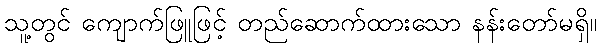
သူ့တွင် ကျောက်ဖြူဖြင့် တည်ဆောက်ထားသော နန်းတော်မရှိ။